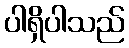
ပါရှိပါသည်